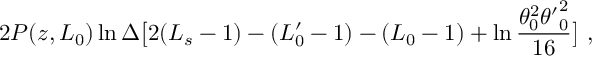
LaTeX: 2 P ( z , L _ { 0 } ) \ln \Delta \bigl [ 2 ( L _ { s } - 1 ) - ( L _ { 0 } ^ { \prime } - 1 ) - ( L _ { 0 } - 1 ) + \ln \frac { \theta _ { 0 } ^ { 2 } { \theta ^ { \prime } } _ { 0 } ^ { 2 } } { 1 6 } \bigr ] \ ,